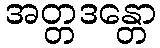
အတ္တဒန္တော